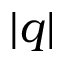
| q |